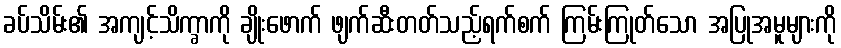
ခပ်သိမ်း၏ အကျင့်သိက္ခာကို ချိုးဖောက် ဖျက်ဆီးတတ်သည့်ရက်စက် ကြမ်းကြုတ်သော အပြုအမူများကို